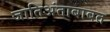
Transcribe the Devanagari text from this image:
जातिअंताबाबत